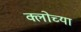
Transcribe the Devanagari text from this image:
क्लोच्या